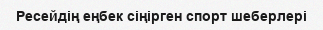
Ресейдің еңбек сіңірген спорт шеберлері